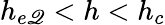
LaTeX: h_{e\mathscr{Q}}<h<h_{c}